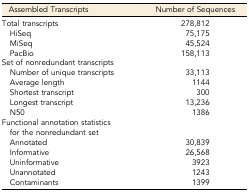
<table><thead><tr><td><b>Assembled Transcripts</b></td><td><b>Number of Sequences</b></td></tr></thead><tbody><tr><td>Total transcripts</td><td>278,812</td></tr><tr><td> HiSeq</td><td>75,175</td></tr><tr><td> MiSeq</td><td>45,524</td></tr><tr><td> PacBio</td><td>158,113</td></tr><tr><td colspan="2">Set of nonredundant transcripts</td></tr><tr><td> Number of unique transcripts</td><td>33,113</td></tr><tr><td> Average length</td><td>1144</td></tr><tr><td> Shortest transcript</td><td>300</td></tr><tr><td> Longest transcript</td><td>13,236</td></tr><tr><td> N50</td><td>1386</td></tr><tr><td colspan="2">Functional annotation statistics for the nonredundant set</td></tr><tr><td> Annotated</td><td>30,839</td></tr><tr><td> Informative</td><td>26,568</td></tr><tr><td> Uninformative</td><td>3923</td></tr><tr><td> Unannotated</td><td>1243</td></tr><tr><td> Contaminants</td><td>1399</td></tr></tbody></table>